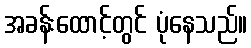
အခန်းထောင့်တွင် ပုံနေသည်။